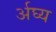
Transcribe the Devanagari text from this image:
र्अघ्य